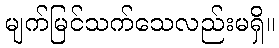
မျက်မြင်သက်သေလည်းမရှိ။